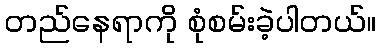
တည်နေရာကို စုံစမ်းခဲ့ပါတယ်။